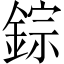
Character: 錝